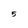
Character: 5